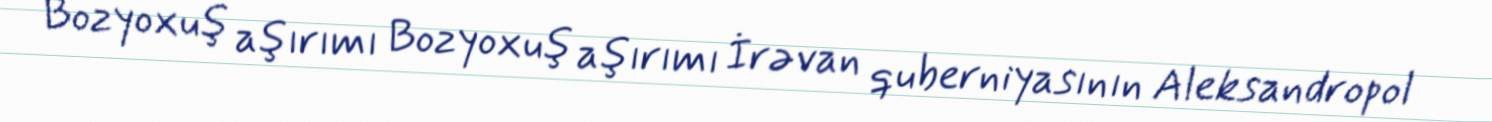
Bozyoxuş aşırımı Bozyoxuş aşırımı İrəvan quberniyasının Aleksandropol